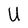
Character: U